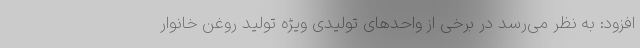
افزود: به نظر می‌رسد در برخی از واحدهای تولیدی ویژه تولید روغن خانوار